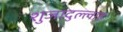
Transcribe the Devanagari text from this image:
शुजादुल्लाह